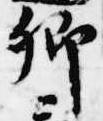
卿